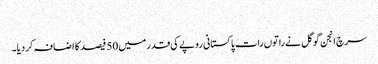
‎
سرچ انجن گوگل نے راتوں رات پاکستانی روپے کی قدر میں 50 فیصد کا اضافہ کردیا۔